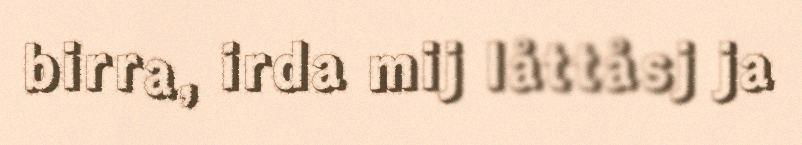
birra, irda mij låttåsj ja